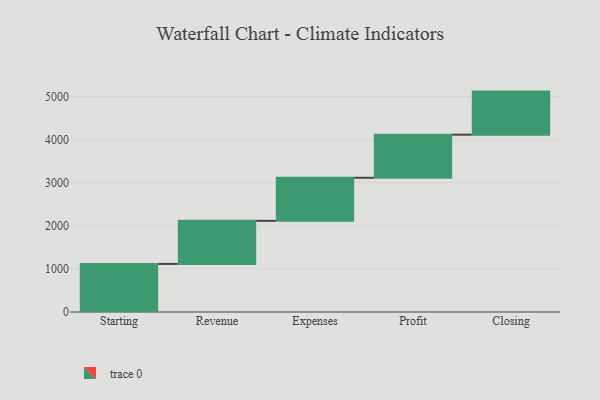
{"axis": {"x": "Step", "y": "Value"}, "legend": [""], "data": [{"x": "Starting", "y": 1116.0, "type": ""}, {"x": "Revenue", "y": 1000, "type": ""}, {"x": "Expenses", "y": 1000, "type": ""}, {"x": "Profit", "y": 1000, "type": ""}, {"x": "Closing", "y": 1000, "type": ""}]}